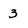
Character: 3